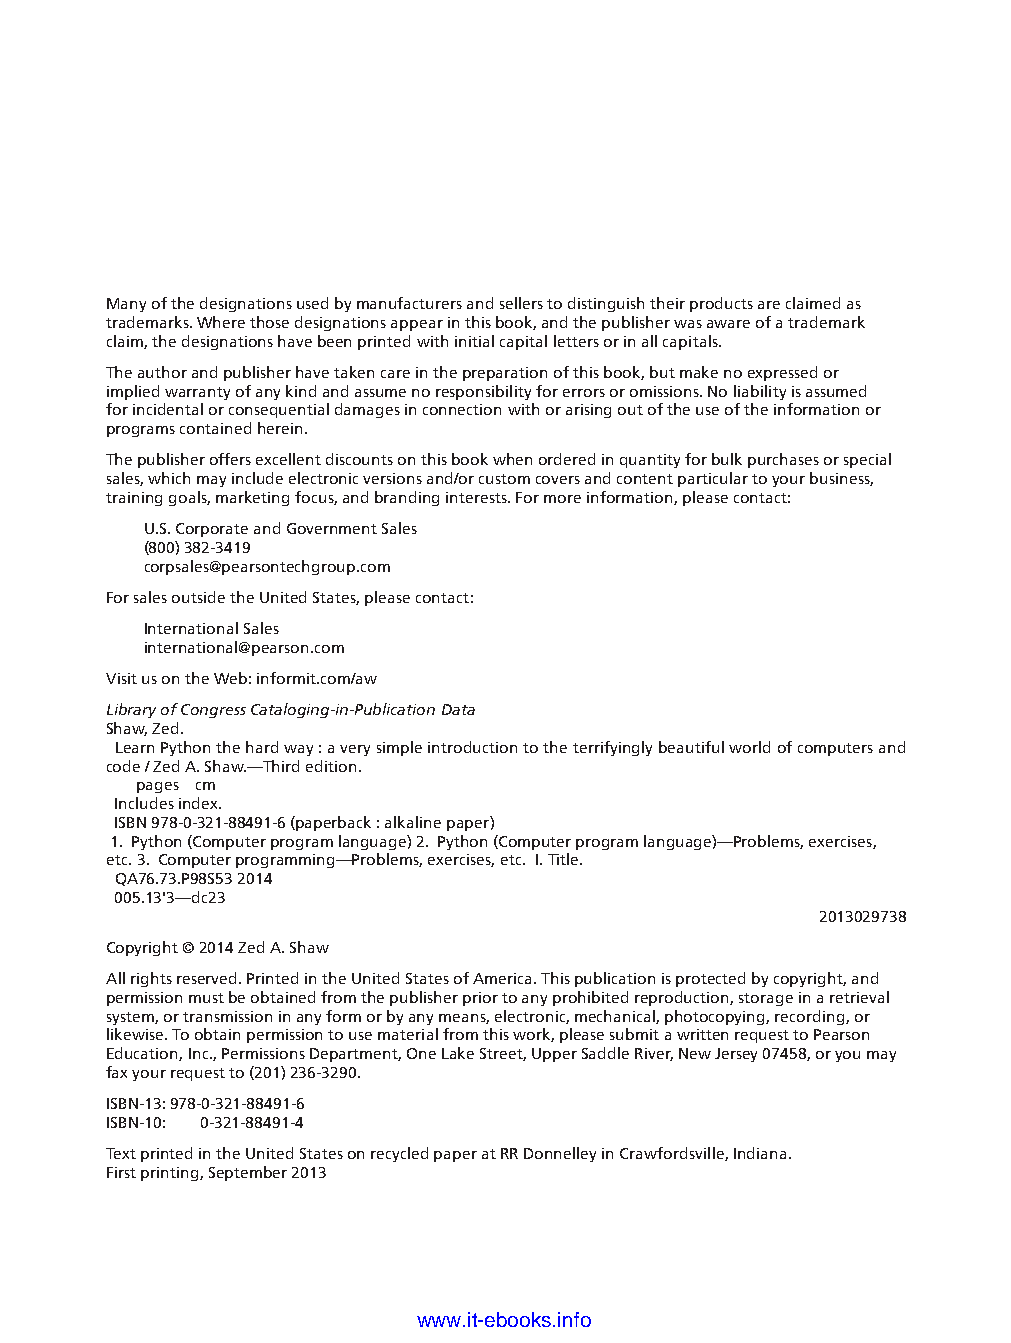
Many of the designations used by manufacturers and sellers to distinguish their products are claimed as
 trademarks. Where those designations appear in this book, and the publisher was aware of a trademark
 claim, the designations have been printed with initial capital letters or in all capitals.
 The author and publisher have taken care in the preparation of this book, but make no expressed or
 implied warranty of any kind and assume no responsibility for errors or omissions. No liability is assumed
 for incidental or consequential damages in connection with or arising out of the use of the information or
 programs contained herein.
 The publisher offers excellent discounts on this book when ordered in quantity for bulk purchases or special
 sales, which may include electronic versions and/or custom covers and content particular to your business,
 training goals, marketing focus, and branding interests. For more information, please contact:
 U.S. Corporate and Government Sales
 (800) 382-3419
 corpsales@pearsontechgroup.com
 For sales outside the United States, please contact:
 International Sales
 international@pearson.com
 Visit us on the Web: informit.com/aw                                             ptg11539604
 Library of Congress Cataloging-in-Publication Data
 Shaw, Zed.
 Learn Python the hard way : a very simple introduction to the terrifyingly beautiful world of computers and
 code / Zed A. Shaw.—Third edition.
 pages cm
 Includes index.
 ISBN 978-0-321-88491-6 (paperback : alkaline paper)
 1. Python (Computer program language) 2. Python (Computer program language)—Problems, exercises,
 etc. 3. Computer programming—Problems, exercises, etc. I. Title.
 QA76.73.P98S53 2014
 005.13'3—dc23
 2013029738
 Copyright © 2014 Zed A. Shaw
 All rights reserved. Printed in the United States of America. This publication is protected by copyright, and
 permission must be obtained from the publisher prior to any prohibited reproduction, storage in a retrieval
 system, or transmission in any form or by any means, electronic, mechanical, photocopying, recording, or
 likewise. To obtain permission to use material from this work, please submit a written request to Pearson
 Education, Inc., Permissions Department, One Lake Street, Upper Saddle River, New Jersey 07458, or you may
 fax your request to (201) 236-3290.
 ISBN-13: 978-0-321-88491-6
 ISBN-10: 0-321-88491-4
 Text printed in the United States on recycled paper at RR Donnelley in Crawfordsville, Indiana.
 First printing, September 2013
 www.it-ebooks.info